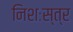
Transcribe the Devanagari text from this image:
निशःस्त्र